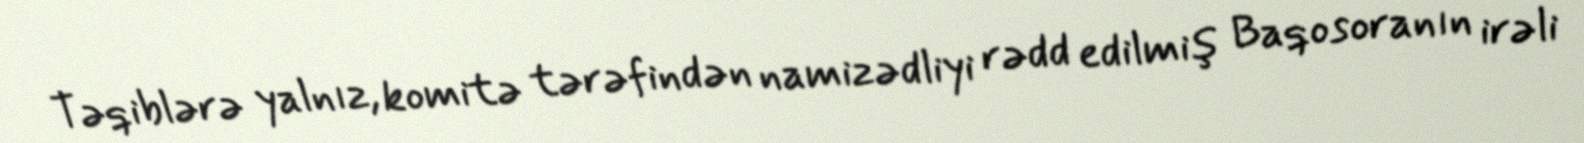
Təqiblərə yalnız, komitə tərəfindən namizədliyi rədd edilmiş Baqosoranın irəli